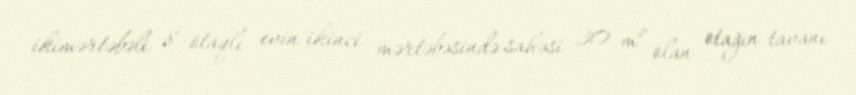
ikimərtəbəli 8 otaqlı evin ikinci mərtəbəsində sahəsi 30 m² olan otağın tavanı